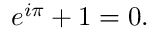
e ^ { i \pi } + 1 = 0 .